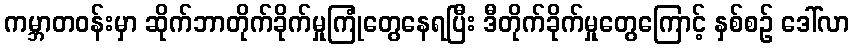
ကမ္ဘာတဝန်းမှာ ဆိုက်ဘာတိုက်ခိုက်မှုကြုံတွေနေရပြီး ဒီတိုက်ခိုက်မှုတွေကြောင့် နှစ်စဉ် ဒေါ်လာ